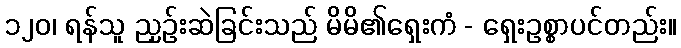
၁၂၀၊ ရန်သူ ညှဉ်းဆဲခြင်းသည် မိမိ၏ရှေးကံ - ရှေးဥစ္စာပင်တည်း။